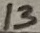
Text: 13